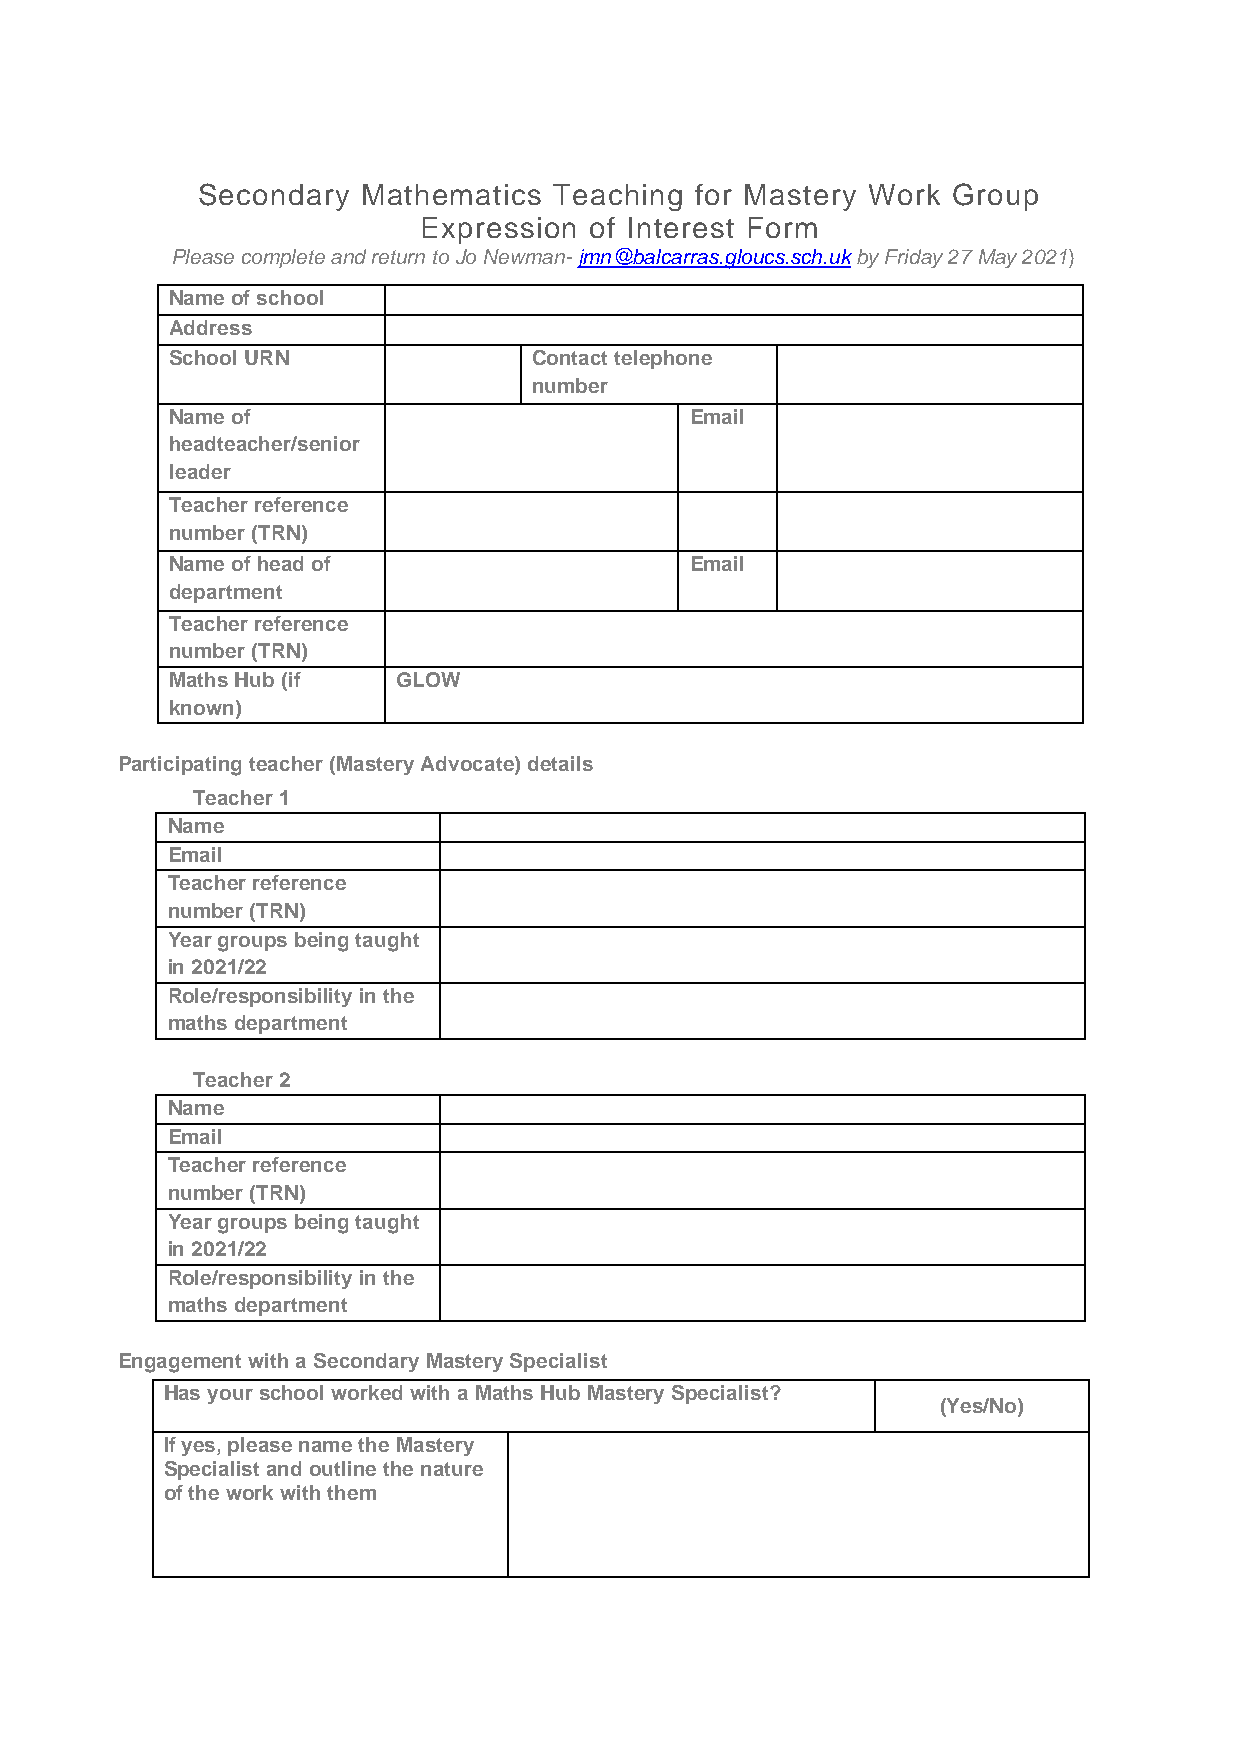
Secondary  Mathematics  Teaching for Mastery Work Group
 Expression of Interest Form
 Please complete and return to Jo Newman- jmn@balcarras.gloucs.sch.uk by Friday 27 May 2021)
 Name of school
 Address
 School URN              Contact telephone
 number
 Name of                            Email
 headteacher/senior
 leader
 Teacher reference
 number (TRN)
 Name of head of                    Email
 department
 Teacher reference
 number (TRN)
 Maths Hub (if  GLOW
 known)
 Participating teacher (Mastery Advocate) details
 Teacher 1
 Name
 Email
 Teacher reference
 number (TRN)
 Year groups being taught
 in 2021/22
 Role/responsibility in the
 maths department
 Teacher 2
 Name
 Email
 Teacher reference
 number (TRN)
 Year groups being taught
 in 2021/22
 Role/responsibility in the
 maths department
 Engagement with a Secondary Mastery Specialist
 Has your school worked with a Maths Hub Mastery Specialist?
 (Yes/No)
 If yes, please name the Mastery
 Specialist and outline the nature
 of the work with them